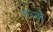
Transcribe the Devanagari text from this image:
चजो